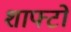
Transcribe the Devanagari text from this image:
शाफ्टो